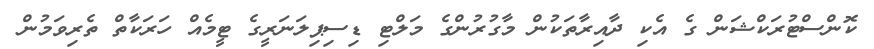
ކޮންސްޓުރަކްޝަން ގެ އެކި ދާއިރާތަކުން މާގުރުންގެ މަލްޓި ޑިސިޕިލަނަރީގެ ޓީމެއް ހަރަކާތް ތެރިވަމުން